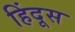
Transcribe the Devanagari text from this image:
हिंदूस